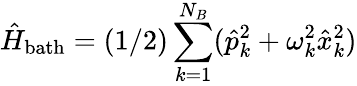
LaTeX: \hat{H}_{\mathrm{bath}}=(1/2)\sum_{k=1}^{N_{B}}(\hat{p}_{k}^{2}+\omega_{k}^{2}\hat{x}_{k}^{2})